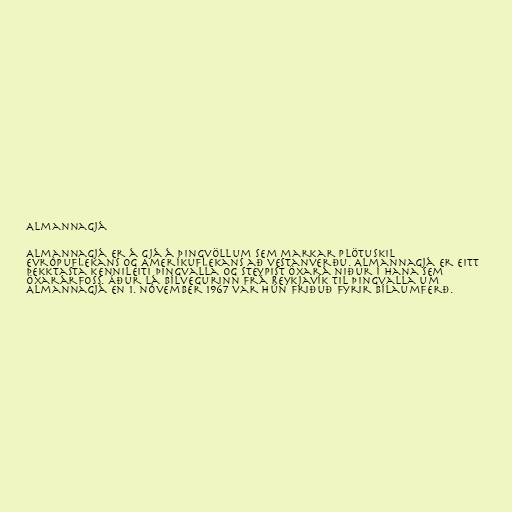
Almannagjá

Almannagjá er á gjá á Þingvöllum sem markar plötuskil
Evrópuflekans og Ameríkuflekans að vestanverðu. Almannagjá er eitt
þekktasta kennileiti Þingvalla og steypist Öxará niður í hana sem
Öxarárfoss. Áður lá bílvegurinn frá Reykjavík til Þingvalla um
Almannagjá en 1. nóvember 1967 var hún friðuð fyrir bílaumferð.